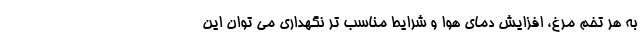
به هر تخم مرغ، افزایش دمای هوا و شرایط مناسب تر نگهداری می توان این